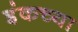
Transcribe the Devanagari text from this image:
इंकच्या